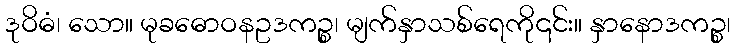
ဒုဝိဓံ၊ သော။ မုခဓောဝနဥဒကဉ္စ၊ မျက်နှာသစ်ရေကို၎င်း။ နှာနောဒကဉ္စ၊